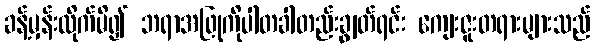
ခန့်မှန်းလိုက်မိ၍ ဘရာအဖြုကိုပါတခါတည်းချွတ်ရင်း ကျေးဇူးတရားများသည်